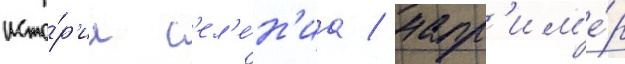
исто́р'ии с'ел'е́н'иа / напр'им'е́р